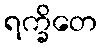
ရက္ခိတေ